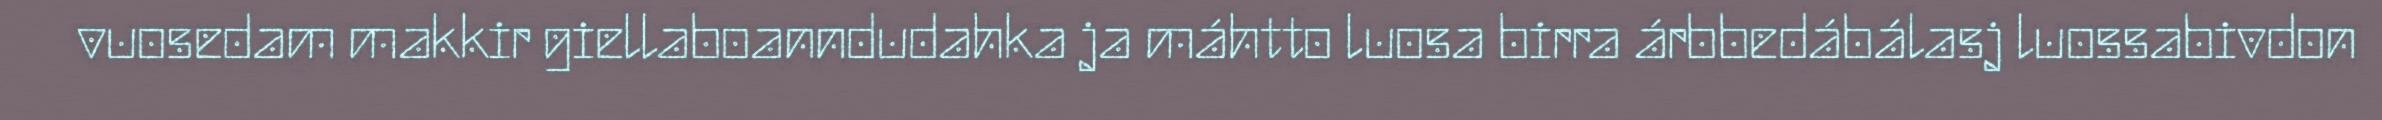
vuosedam makkir giellaboanndudahka ja máhtto luosa birra árbbedábálasj luossabivdon